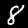
Digit: 8